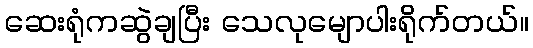
ဆေးရုံကဆွဲချပြီး သေလုမျောပါးရိုက်တယ်။